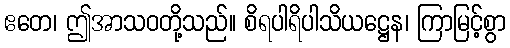
ဧတေ၊ ဤအာသဝတို့သည်။ စိရပါရိပါသိယဋ္ဌေန၊ ကြာမြင့်စွာ